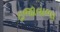
ઇજાવાળા